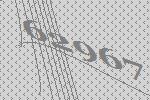
62967